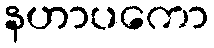
နဟာပကော